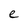
Character: e